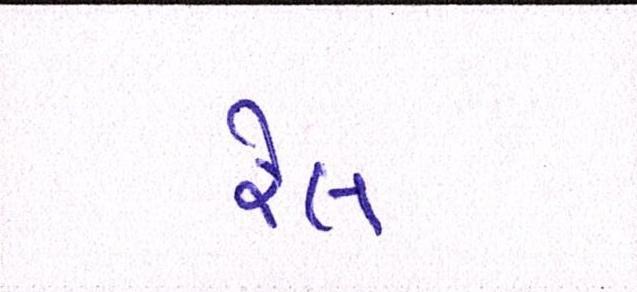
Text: રેલ